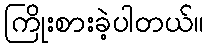
ကြိုးစားခဲ့ပါတယ်။